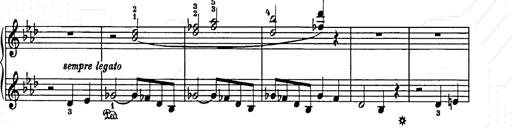
Title: Weihnachtsbaum
Composer: Franz Liszt